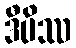
ဒီပိဿ